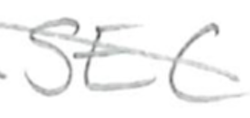
Text: SEC
Cross-out: diagonal
Writing tool: pencil